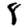
Digit: 8